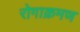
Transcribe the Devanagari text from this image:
रोगाक्रमण